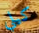
كيلي